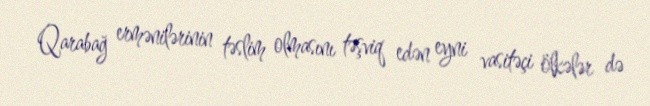
Qarabağ ermənilərinin təslim olmasını təşviq edən eyni vasitəçi ölkələr də